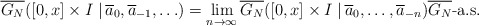
\begin{align*} \overline{G_N} ( [0, x] \times I \left. \right| \overline{a}_0, \overline{a}_{-1}, \ldots ) =\lim_{n \rightarrow \infty} \overline{G_N} ( [0, x] \times I \left. \right| \overline{a}_0, \ldots, \overline{a}_{-n} ) \overline{G_N} \mbox{-a.s.}\end{align*}